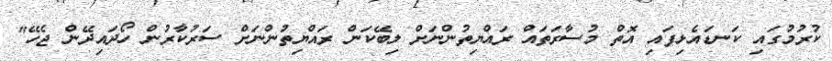
ކުރުމުގައި ކަނޑައެޅިފައި އޮތް މުސާރަތައް ރައްޔިތުންނަށް ލިބޭކަން ރައްޔިތުންނަށް ސަރުކާރުން ހޯދައިދޭން ޖެހޭ"